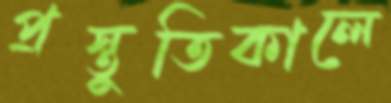
প্রস্তুতিকালে